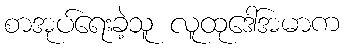
စာအုပ်ရေးခဲ့သူ လူထုဒေါ်အမာက